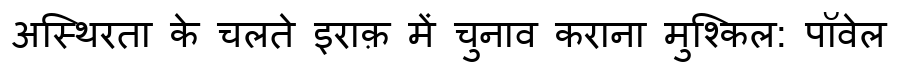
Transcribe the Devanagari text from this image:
अस्थिरता के चलते इराक़ में चुनाव कराना मुश्किल: पॉवेल